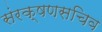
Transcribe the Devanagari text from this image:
संरक्षणसचिव